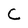
Character: c